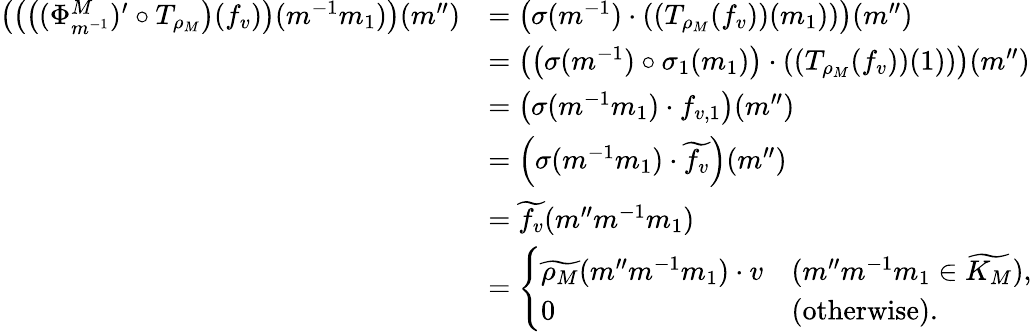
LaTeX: \begin{array}{rl}{\left(\left(\left((\Phi_{m^{-1}}^{M})^{\prime}\circ T_{\rho_{M}}\right)(f_{v})\right)(m^{-1}m_{1})\right)(m^{\prime\prime})}&{=\left(\sigma(m^{-1})\cdot\left(\left(T_{\rho_{M}}(f_{v})\right)(m_{1})\right)\right)(m^{\prime\prime})}\\ &{=\left(\left(\sigma(m^{-1})\circ\sigma_{1}(m_{1})\right)\cdot\left(\left(T_{\rho_{M}}(f_{v})\right)(1)\right)\right)(m^{\prime\prime})}\\ &{=\left(\sigma(m^{-1}m_{1})\cdot f_{v,1}\right)(m^{\prime\prime})}\\ &{=\left(\sigma(m^{-1}m_{1})\cdot\widetilde{f_{v}}\right)(m^{\prime\prime})}\\ &{=\widetilde{f_{v}}(m^{\prime\prime}m^{-1}m_{1})}\\ &{=\left\{ \begin{array}{ll}{\widetilde{\rho_{M}}(m^{\prime\prime}m^{-1}m_{1})\cdot v}&{(m^{\prime\prime}m^{-1}m_{1}\in\widetilde{K_{M}}),}\\ {0}&{(\mathrm{otherwise}).}\end{array}\right.}\end{array}